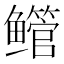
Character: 鳤